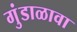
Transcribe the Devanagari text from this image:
गुंडाळावा